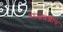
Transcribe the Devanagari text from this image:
राजप्रश्नीय